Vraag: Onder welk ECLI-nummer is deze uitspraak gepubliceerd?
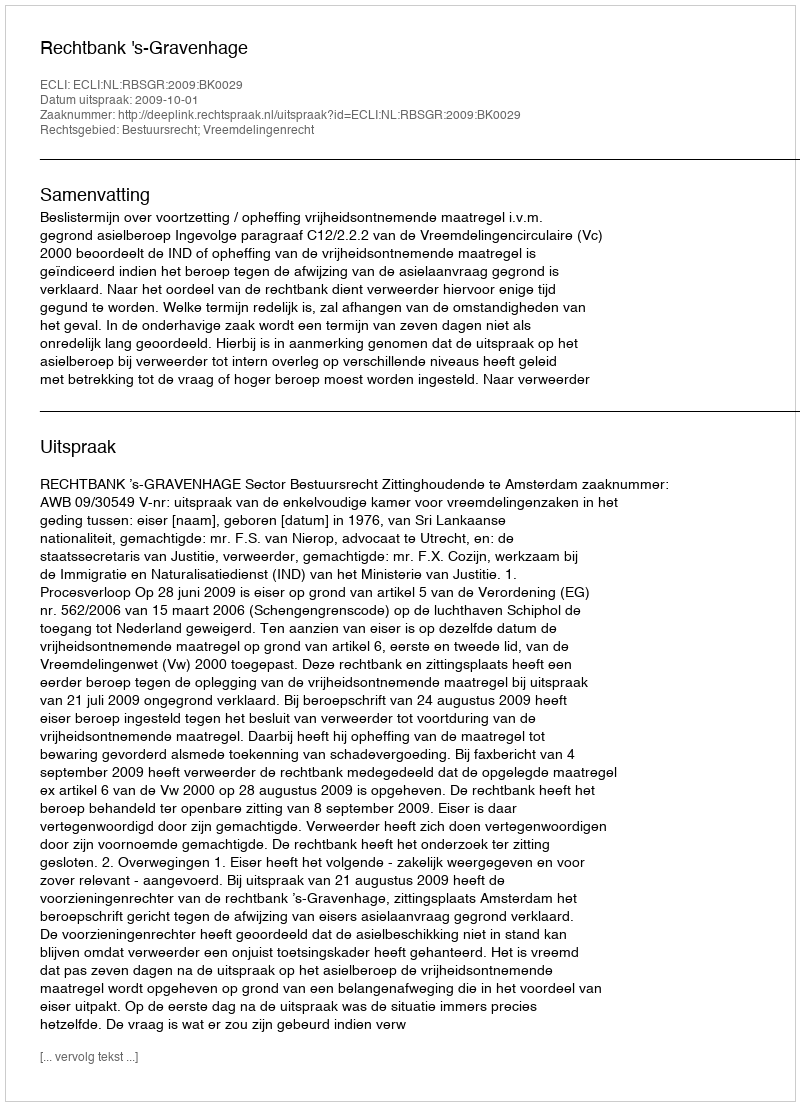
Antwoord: ECLI:NL:RBSGR:2009:BK0029